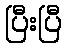
ပြီးပြီ